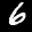
Label: 6